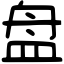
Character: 盘